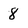
Character: 8